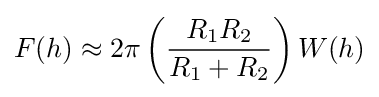
F(h)\approx 2\pi \left({\frac {R_{1}R_{2}}{R_{1}+R_{2}}}\right)W(h)